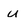
Character: u